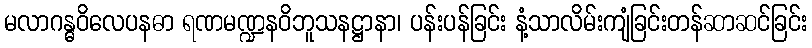
မလာဂန္ဓဝိလေပနဓာ ရဏမဏ္ဍနဝိဘူသနဋ္ဌာနာ၊ ပန်းပန်ခြင်း နံ့သာလိမ်းကျံခြင်းတန်ဆာဆင်ခြင်း